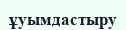
ұуымдастыру